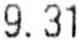
9.31